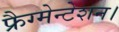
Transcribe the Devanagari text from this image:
फ्रैग्मेन्टेशन।